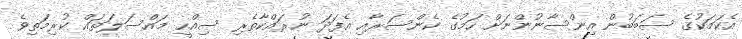
އެކަމަކުގެ ސަބަބުން އިންސާނުންނަށް ހަމުގެ ކެންސަރާއި އެފަދަ ނުރައްކާތެރި ސިއްހީ މައްސަލަތައް ކުރިމަތިވެ